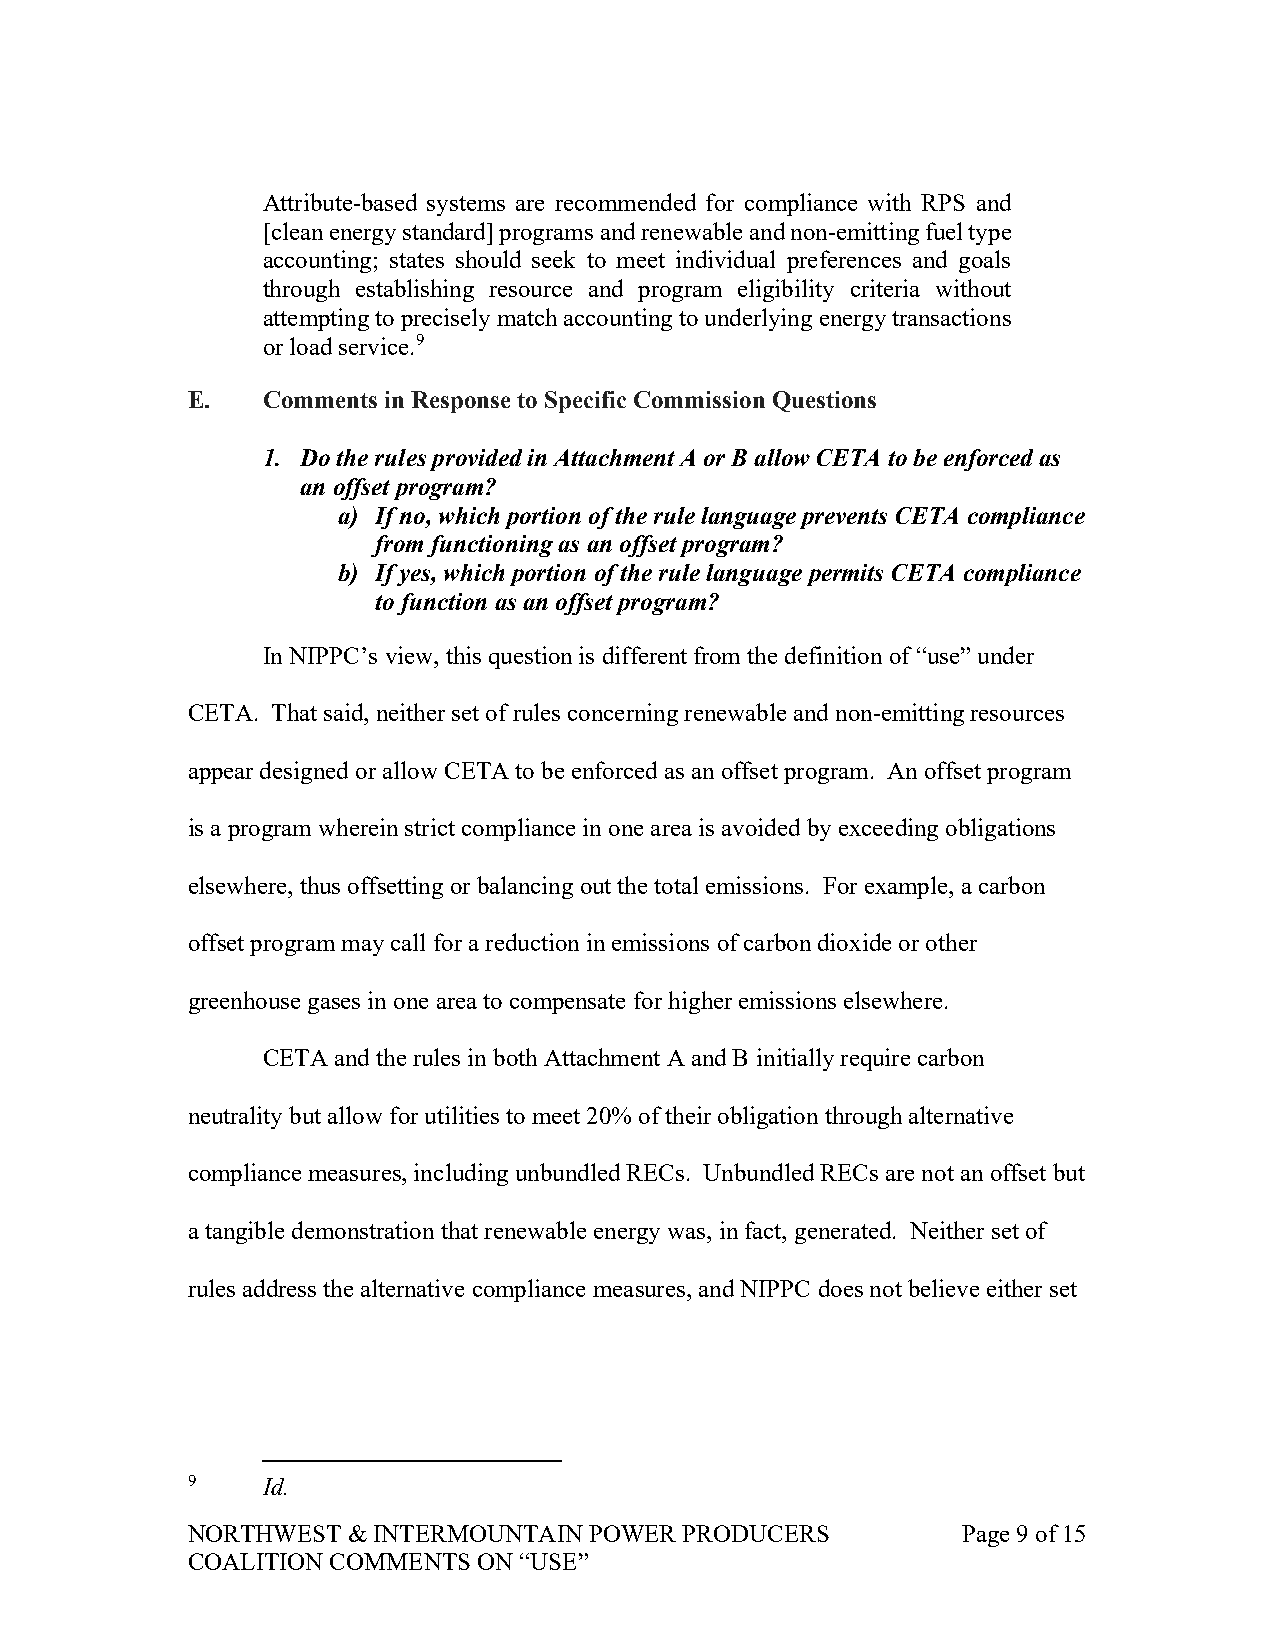
Attribute-based systems are recommended for compliance with RPS and
 [clean energy standard] programs and renewable and non-emitting fuel type
 accounting; states should seek to meet individual preferences and goals
 through establishing resource and program eligibility criteria without
 attempting to precisely match accounting to underlying energy transactions
 or load service.9
 E.   Comments in Response to Specific Commission Questions
 1. Do the rules provided in Attachment A or B allow CETA to be enforced as
 an offset program?
 a) If no, which portion of the rule language prevents CETA compliance
 from functioning as an offset program?
 b) If yes, which portion of the rule language permits CETA compliance
 to function as an offset program?
 In NIPPC’s view, this question is different from the definition of “use” under
 CETA. That said, neither set of rules concerning renewable and non-emitting resources
 appear designed or allow CETA to be enforced as an offset program. An offset program
 is a program wherein strict compliance in one area is avoided by exceeding obligations
 elsewhere, thus offsetting or balancing out the total emissions. For example, a carbon
 offset program may call for a reduction in emissions of carbon dioxide or other
 greenhouse gases in one area to compensate for higher emissions elsewhere.
 CETA and the rules in both Attachment A and B initially require carbon
 neutrality but allow for utilities to meet 20% of their obligation through alternative
 compliance measures, including unbundled RECs. Unbundled RECs are not an offset but
 a tangible demonstration that renewable energy was, in fact, generated. Neither set of
 rules address the alternative compliance measures, and NIPPC does not believe either set
 9    Id.
 NORTHWEST  & INTERMOUNTAIN POWER PRODUCERS          Page 9 of 15
 COALITION COMMENTS  ON “USE”